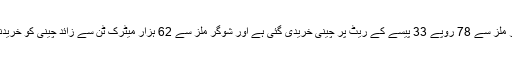
دستاویزات کے مطابق شوگر ملز سے 78 روپے 33 پیسے کے ریٹ پر چینی خریدی گئی ہے اور شوگر ملز سے 62 ہزار میٹرک ٹن سے زائد چینی کو خریدنے کے آرڈر دئیے گئے ہیں۔